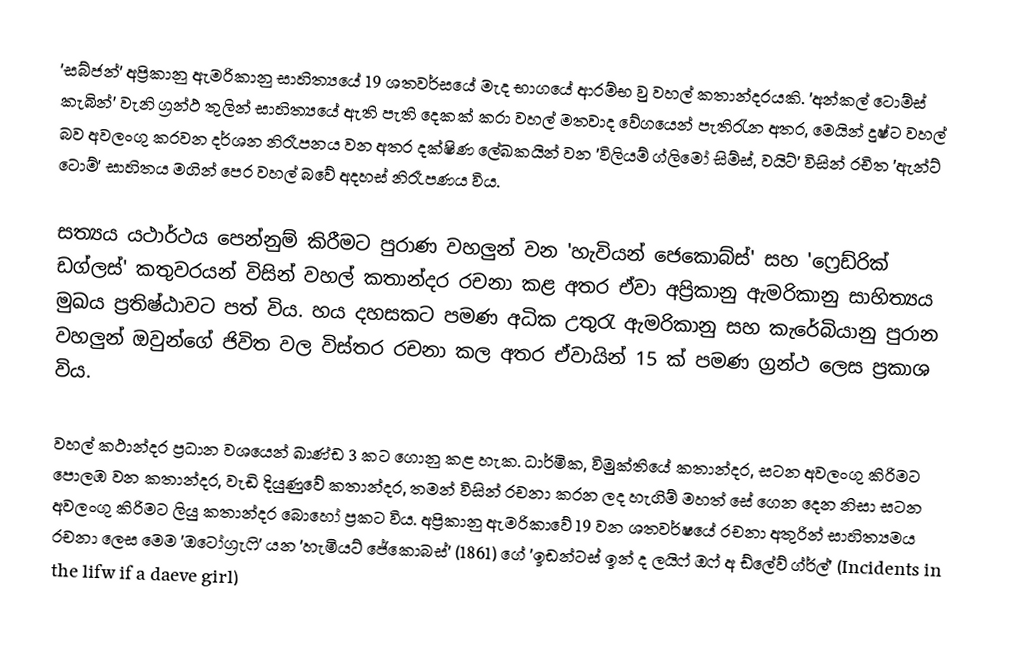
'සබ්ජන්' අප්‍රිකානු ඇමරිකානු සාහිත්‍යයේ 19 ශතවර්සයේ මැද භාගයේ ආරම්භ වු වහල් කතාන්දරයකි. 'අන්කල් ටොම්ස් කැබින්' වැනි ග්‍රන්ථ තුලින් සාහිත්‍යයේ ඇති පැති දෙකක් කරා වහල් මතවාද වේගයෙන් පැතිරැන අතර, මෙයින් දුෂ්ට වහල් බව අවලංගු කරවන දර්ශන නිරෑපනය වන අතර දක්ෂිණ ලේඛකයින් වන 'විලියම් ග්ලිමෝ සිම්ස්, වයිට්' විසින් රචිත 'ඇන්ට් ටොම්' සාහිතය මගින් පෙර වහල් බවේ අදහස් නිරෑපණය විය.

	සත්‍යය යථාර්ථය පෙන්නුම් කිරීමට පුරාණ වහලුන් වන 'හැවියන් ජෙකොබ්ස්' සහ 'ෆ්‍රෙඩ්රික් ඩග්ලස්' කතුවරයන් විසින් වහල් කතාන්දර රචනා කළ අතර ඒවා අප්‍රිකානු ඇමරිකානු සාහිත්‍යය මුඛය ප්‍රතිෂ්ඨාවට පත් විය. හය දහසකට පමණ අධික උතුරැ ඇමරිකානු සහ කැරේබියානු පුරාන වහලුන් ඔවුන්ගේ ජිවිත වල විස්තර රචනා කල අතර ඒවායින් 15 ක් පමණ ග්‍රන්ථ ලෙස ප්‍රකාශ විය.

	වහල් කථාන්දර ප්‍රධාන වශයෙන් ඛාණ්ඩ 3 කට ගොනු කළ හැක. ධාර්මික, විමුක්තියේ කතාන්දර, සටන අවලංගු කිරිමට පොලඹ වන කතාන්දර, වැඩි දියුණුවේ කතාන්දර, තමන් විසින් රචනා කරන ලද හැගිම් මහත් සේ ගෙන දෙන නිසා සටන අවලංගු කිරිමට ලියු කතාන්දර බොහෝ ප්‍රකට විය. අප්‍රිකානු ඇමරිකාවේ 19 වන ශතවර්ෂයේ රචනා අතුරින් සාහිත්‍යමය රචනා ලෙස මෙම 'ඔටෝග්‍රැෆි' යන 'හැමියට් ජේකොබස්' (1861) ගේ 'ඉඩන්ටස් ඉන් ද ලයි‍ෆ් ඔෆ් අ ඩ්ලේව් ග්ර්ල්'  (Incidents in the lifw if a daeve girl)